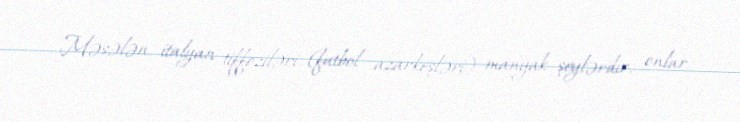
Məsələn, italyan tiffoziləri (futbol azarkeşləri) manyak şeylərdir, onlar